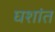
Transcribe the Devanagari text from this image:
घशांत